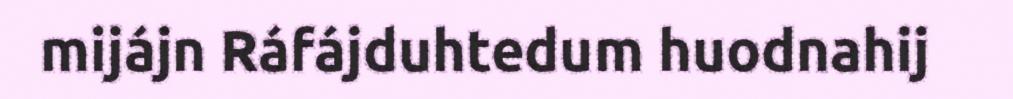
mijájn Ráfájduhtedum huodnahij